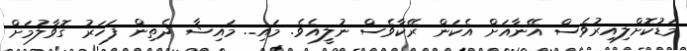
މަޑުކޮށްލިއިރުވެސް އޭނާއަށް އެކަން ރޭކާވެސް ނުލީއެވެ. މައި.. މައިޝާ ދެތިން ފަހަރު ގޮވާލުމަށް